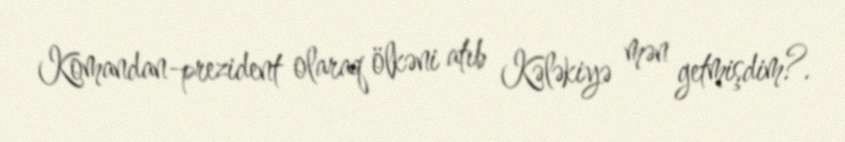
Komandan-prezident olaraq ölkəni atıb Kələkiyə mən getmişdim?.